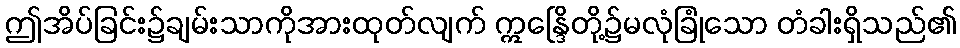
ဤအိပ်ခြင်း၌ချမ်းသာကိုအားထုတ်လျက် ဣန္ဒြေိတို့၌မလုံခြုံသော တံခါးရှိသည်၏